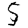
Digit: 5